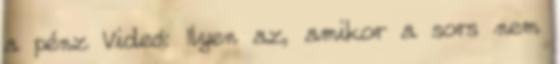
a pénz Videó: Ilyen az, amikor a sors nem